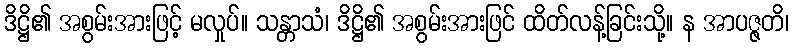
ဒိဋ္ဌိ၏ အစွမ်းအားဖြင့် မလှုပ်။ သန္တာသံ၊ ဒိဋ္ဌိ၏ အစွမ်းအားဖြင် ထိတ်လန့်ခြင်းသို့။ န အာပဇ္ဇတိ၊